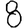
Digit: 8